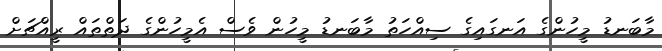
މާބަނޑު މީހުންގެ އަނގައިގެ ސިއްހަތު މާބަނޑު މީހުން ވެސް އެމީހުންގެ ދަތްތައް ރީއްޗަށް